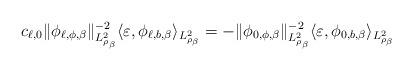
LaTeX: \begin{align*} c_{\ell,0} \|\phi_{\ell,\phi,\beta} \|^{-2}_{L^2_{\rho_\beta}} \langle \varepsilon,\phi_{\ell, b, \beta} \rangle_{L^2_{\rho_\beta}} =- \|\phi_{0,\phi,\beta} \|^{-2}_{L^2_{\rho_\beta}} \langle \varepsilon,\phi_{0, b, \beta} \rangle_{L^2_{\rho_\beta}} \end{align*}